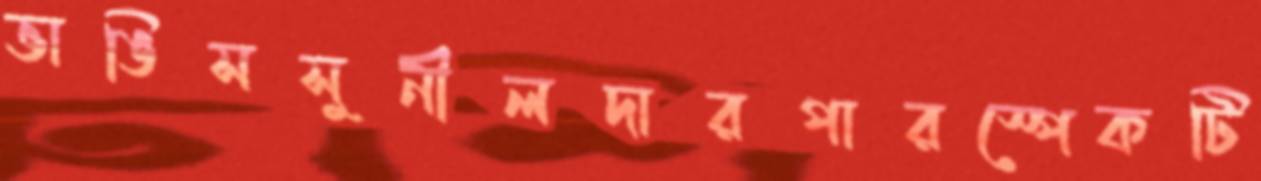
ভাঙিসসুনীলদারপারস্পেকটি